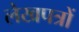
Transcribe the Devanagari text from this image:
लेखपत्रों